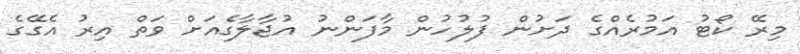
މިރޭ ކޯޓު އަމުރެއްގެ ދަށުން ފުލުހުން މާފަންނު އުޖާލާގެއަށް ވަތް އިރު އެގޭގެ